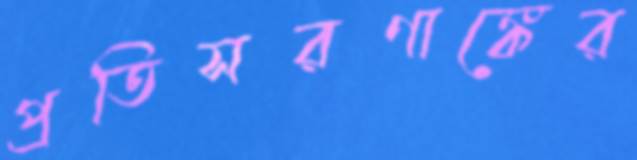
প্রতিসরণাঙ্কের